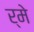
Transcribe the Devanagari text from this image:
र्मे